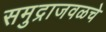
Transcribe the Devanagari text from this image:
समुद्राजवळचे